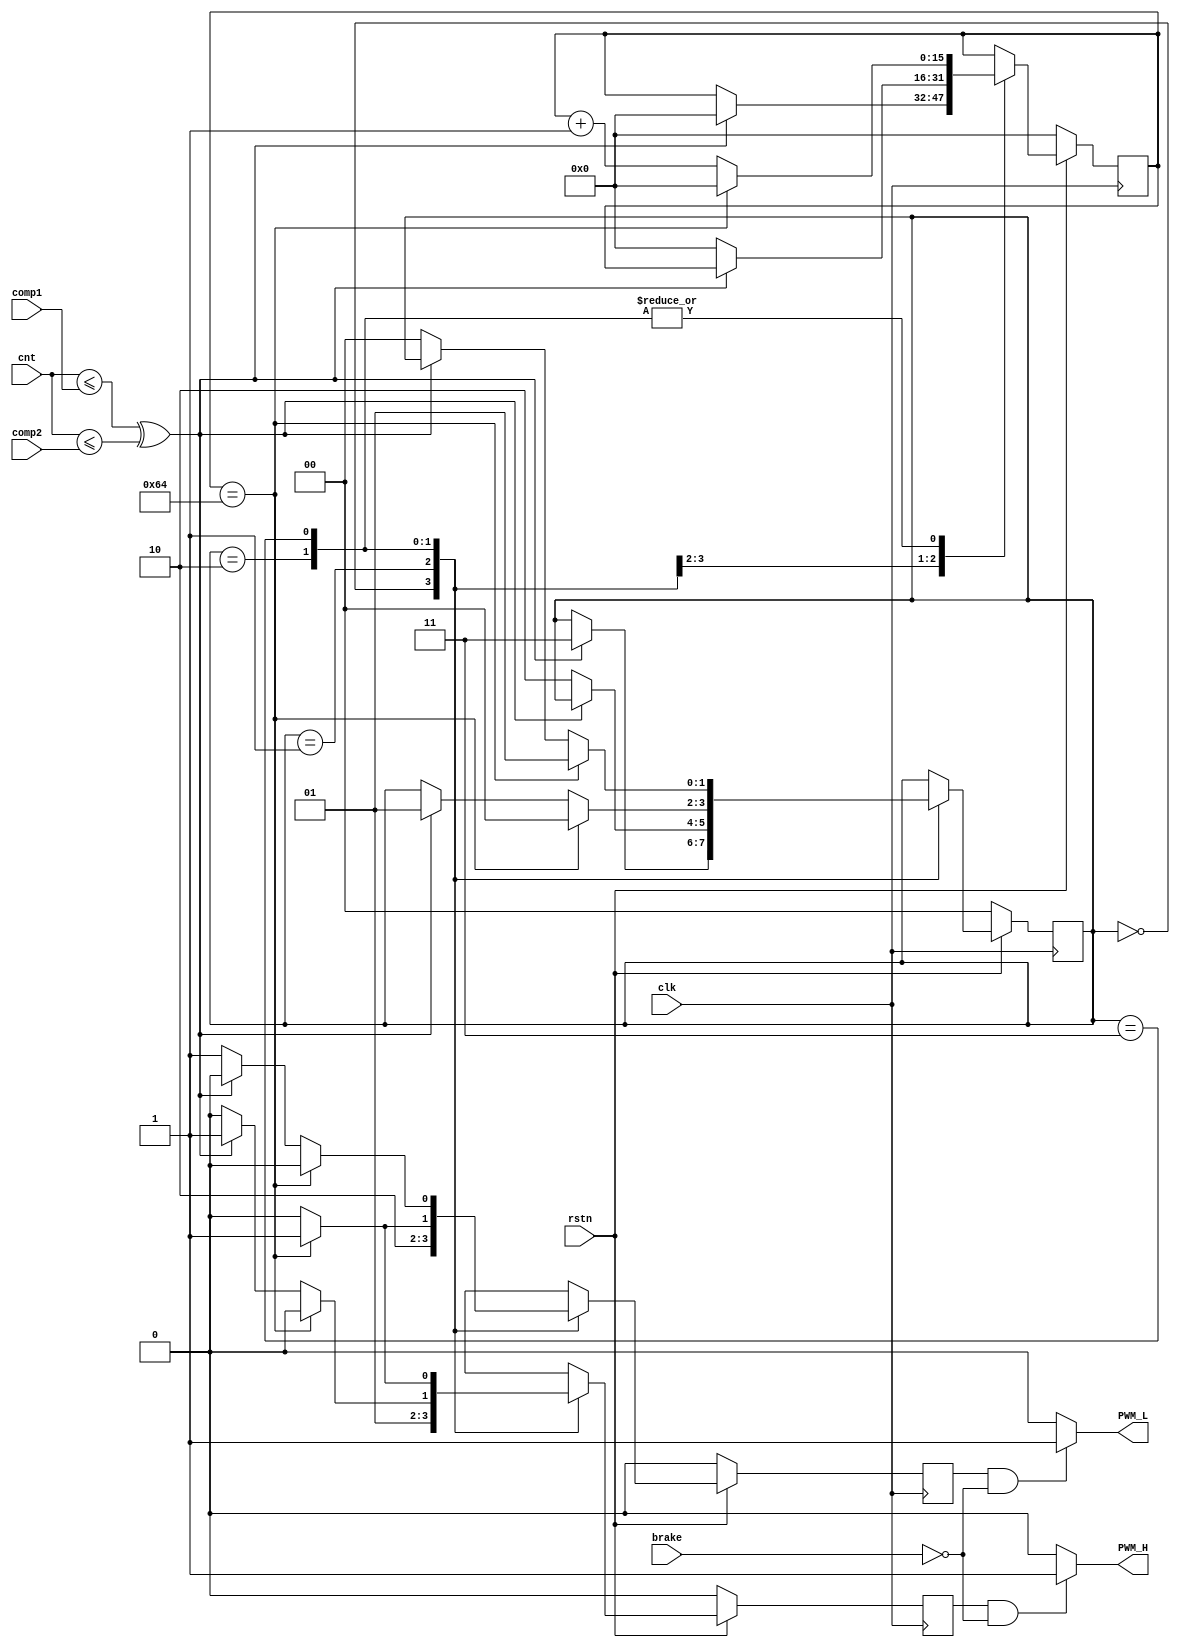
`timescale 1ns / 1ps

module PWM #(
        parameter PWM_WIDTH = 16,
        parameter [0:0] PWMH_ACTIVE_LEVEL = 1'b1,
        parameter [0:0] PWML_ACTIVE_LEVEL = 1'b1,
        parameter [PWM_WIDTH-1:0] DEAT_TIME = 100
    ) (
        input clk,
        input rstn,
        input brake,
        input [PWM_WIDTH-1:0] cnt,
        input [PWM_WIDTH-1:0] comp1,
        input [PWM_WIDTH-1:0] comp2,
        output PWM_H,
        output PWM_L
    );


    localparam [1:0] STATE_HOLD_L   = 2'd0;
    localparam [1:0] STATE_HOLD_H   = 2'd1;
    localparam [1:0] STATE_CHANGE_L = 2'd2;
    localparam [1:0] STATE_CHANGE_H = 2'd3;


    reg PWM_H_reg, PWM_L_reg;
    reg [1:0] deat_state;
    reg [PWM_WIDTH-1:0] dcnt;

    assign PWM_H = (PWM_H_reg && !brake) ? PWMH_ACTIVE_LEVEL : ~PWMH_ACTIVE_LEVEL;
    assign PWM_L = (PWM_L_reg && !brake) ? PWML_ACTIVE_LEVEL : ~PWML_ACTIVE_LEVEL;

    wire comp1_val = cnt <= comp1;
    wire comp2_val = cnt <= comp2;
    wire pwm_state = (comp1_val ^ comp2_val);

    always @(posedge clk) begin
        if (!rstn) begin
            PWM_L_reg <= 0;
            PWM_H_reg <= 0;
            dcnt <= 0;
            deat_state <= STATE_HOLD_L;
        end
        else begin
            case (deat_state)
                STATE_HOLD_L: begin
                    PWM_H_reg <= 0;
                    PWM_L_reg <= 1;
                    if (pwm_state == 1) begin
                        deat_state <= STATE_CHANGE_H;
                        dcnt <= 0;
                    end
                end

                STATE_HOLD_H: begin
                    PWM_H_reg <= 1;
                    PWM_L_reg <= 0;
                    if (pwm_state == 0) begin
                        deat_state <= STATE_CHANGE_L;
                        dcnt <= 0;
                    end
                end

                STATE_CHANGE_L: begin
                    dcnt <= dcnt + 1'd1;
                    PWM_H_reg <= 0;
                    PWM_L_reg <= 0;
                    if (dcnt == DEAT_TIME) begin
                        dcnt <= 0;
                        PWM_H_reg <= 0;
                        PWM_L_reg <= 1;
                        deat_state <= STATE_HOLD_L;
                    end
                    else if (pwm_state == 1) begin
                        PWM_H_reg  <= 1;
                        PWM_L_reg  <= 0;
                        deat_state <= STATE_HOLD_H;
                    end
                end

                STATE_CHANGE_H: begin
                    dcnt <= dcnt + 1'd1;
                    PWM_H_reg <= 0;
                    PWM_L_reg <= 0;
                    if (dcnt == DEAT_TIME) begin
                        dcnt <= 0;
                        PWM_H_reg <= 1;
                        PWM_L_reg <= 0;
                        deat_state <= STATE_HOLD_H;
                    end
                    else if (pwm_state == 0) begin
                        PWM_H_reg  <= 0;
                        PWM_L_reg  <= 1;
                        deat_state <= STATE_HOLD_L;
                    end
                end
            endcase
        end
    end

endmodule